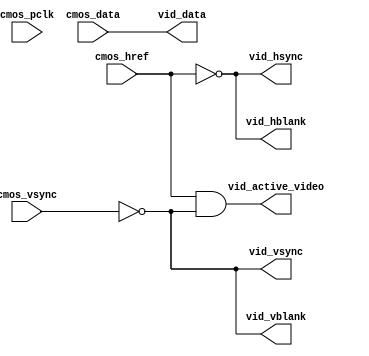
module fscmos #
(
	parameter integer C_IN_WIDTH	= 8,
	parameter integer C_OUT_WIDTH	= 8
)
(
	input wire		cmos_pclk,
	input wire		cmos_vsync,
	input wire		cmos_href,
	input wire [C_IN_WIDTH-1:0]	cmos_data,
	output wire		vid_active_video,
	output wire[C_OUT_WIDTH-1:0]	vid_data,
	output wire		vid_hblank,
	output wire		vid_hsync,
	output wire		vid_vblank,
	output wire		vid_vsync
);
	assign vid_active_video= (cmos_href && ~cmos_vsync);
	assign vid_hblank = ~cmos_href;
	assign vid_hsync = vid_hblank;
	assign vid_vsync = vid_vblank;
	assign vid_vblank = ~cmos_vsync;
generate
if (C_IN_WIDTH < C_OUT_WIDTH) begin: in_lt_out
	assign vid_data = {cmos_data, {(C_OUT_WIDTH - C_IN_WIDTH){1'b0}}};
end
else begin: in_ge_out
	assign vid_data = cmos_data[C_IN_WIDTH-1:C_IN_WIDTH-C_OUT_WIDTH];
end
endgenerate
endmodule